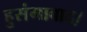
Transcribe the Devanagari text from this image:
हुसंगाबाद।